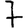
Digit: 7